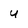
Character: U